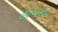
હાયના